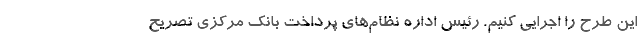
این طرح را اجرایی کنیم. رئیس اداره نظام‌های پرداخت بانک مرکزی تصریح